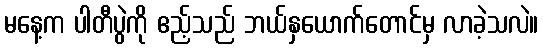
မနေ့က ပါတီပွဲကို ဧည့်သည် ဘယ်နှယောက်တောင်မှ လာခဲ့သလဲ။